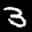
Label: 3